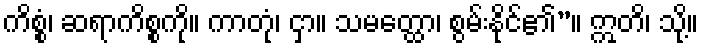
ကိစ္စံ၊ ဆရာကိစ္စကို။ ကာတုံ၊ ငှာ။ သမတ္ထော၊ စွမ်းနိုင်၏”။ ဣတိ၊ သို့။